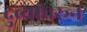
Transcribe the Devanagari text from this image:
दुव्यांवरून